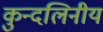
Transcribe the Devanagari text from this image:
कुन्दलिनीय